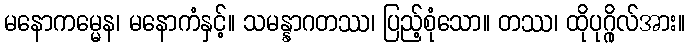
မနောကမ္မေန၊ မနောကံနှင့်။ သမန္နာဂတဿ၊ ပြည့်စုံသော။ တဿ၊ ထိုပုဂ္ဂိုလ်အား။